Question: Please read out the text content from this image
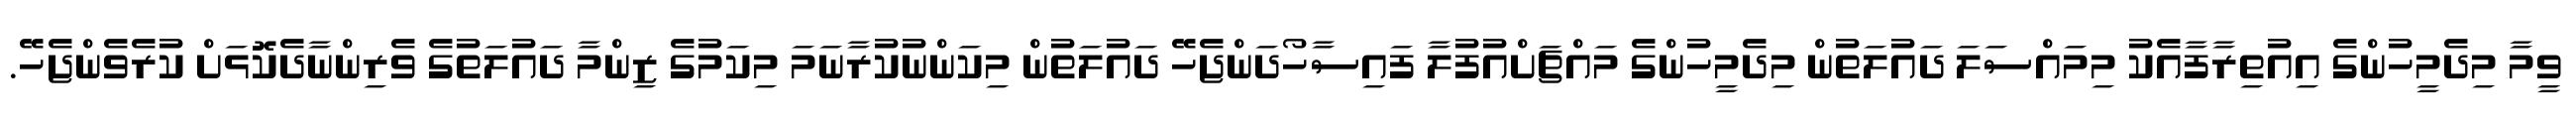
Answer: ވީމާ މިދެމީހުންގެ އިއުތިރާފާއެކު މިމައްސަލަ ދައުލަތުން މިދެމީހުންގެ މައްޗަށްއުފުލާ ފައިސާހޯދަންޖެހޭ ދައުލަތުން މިކަންނުކުރާނަމަ މިކަމުގެ ޒިންމާ ދައުލަތުގެ ވެރިންނާދެކޮޅަށް ކުރެވެންޖެހޭ.